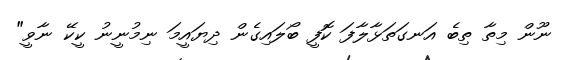
ނޫން މިތާ ތިބެ އަނގަތަޅާލާފަ ކޮފީ ބޯލައިގެން ދިޔައީމަ ނިމުނީނު ކީކޭ ނާވީ"